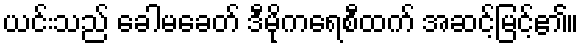
ယင်းသည် ခေါမခေတ် ဒီမိုကရေစီထက် အဆင့်မြင့်၏။